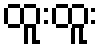
ထူးထူး